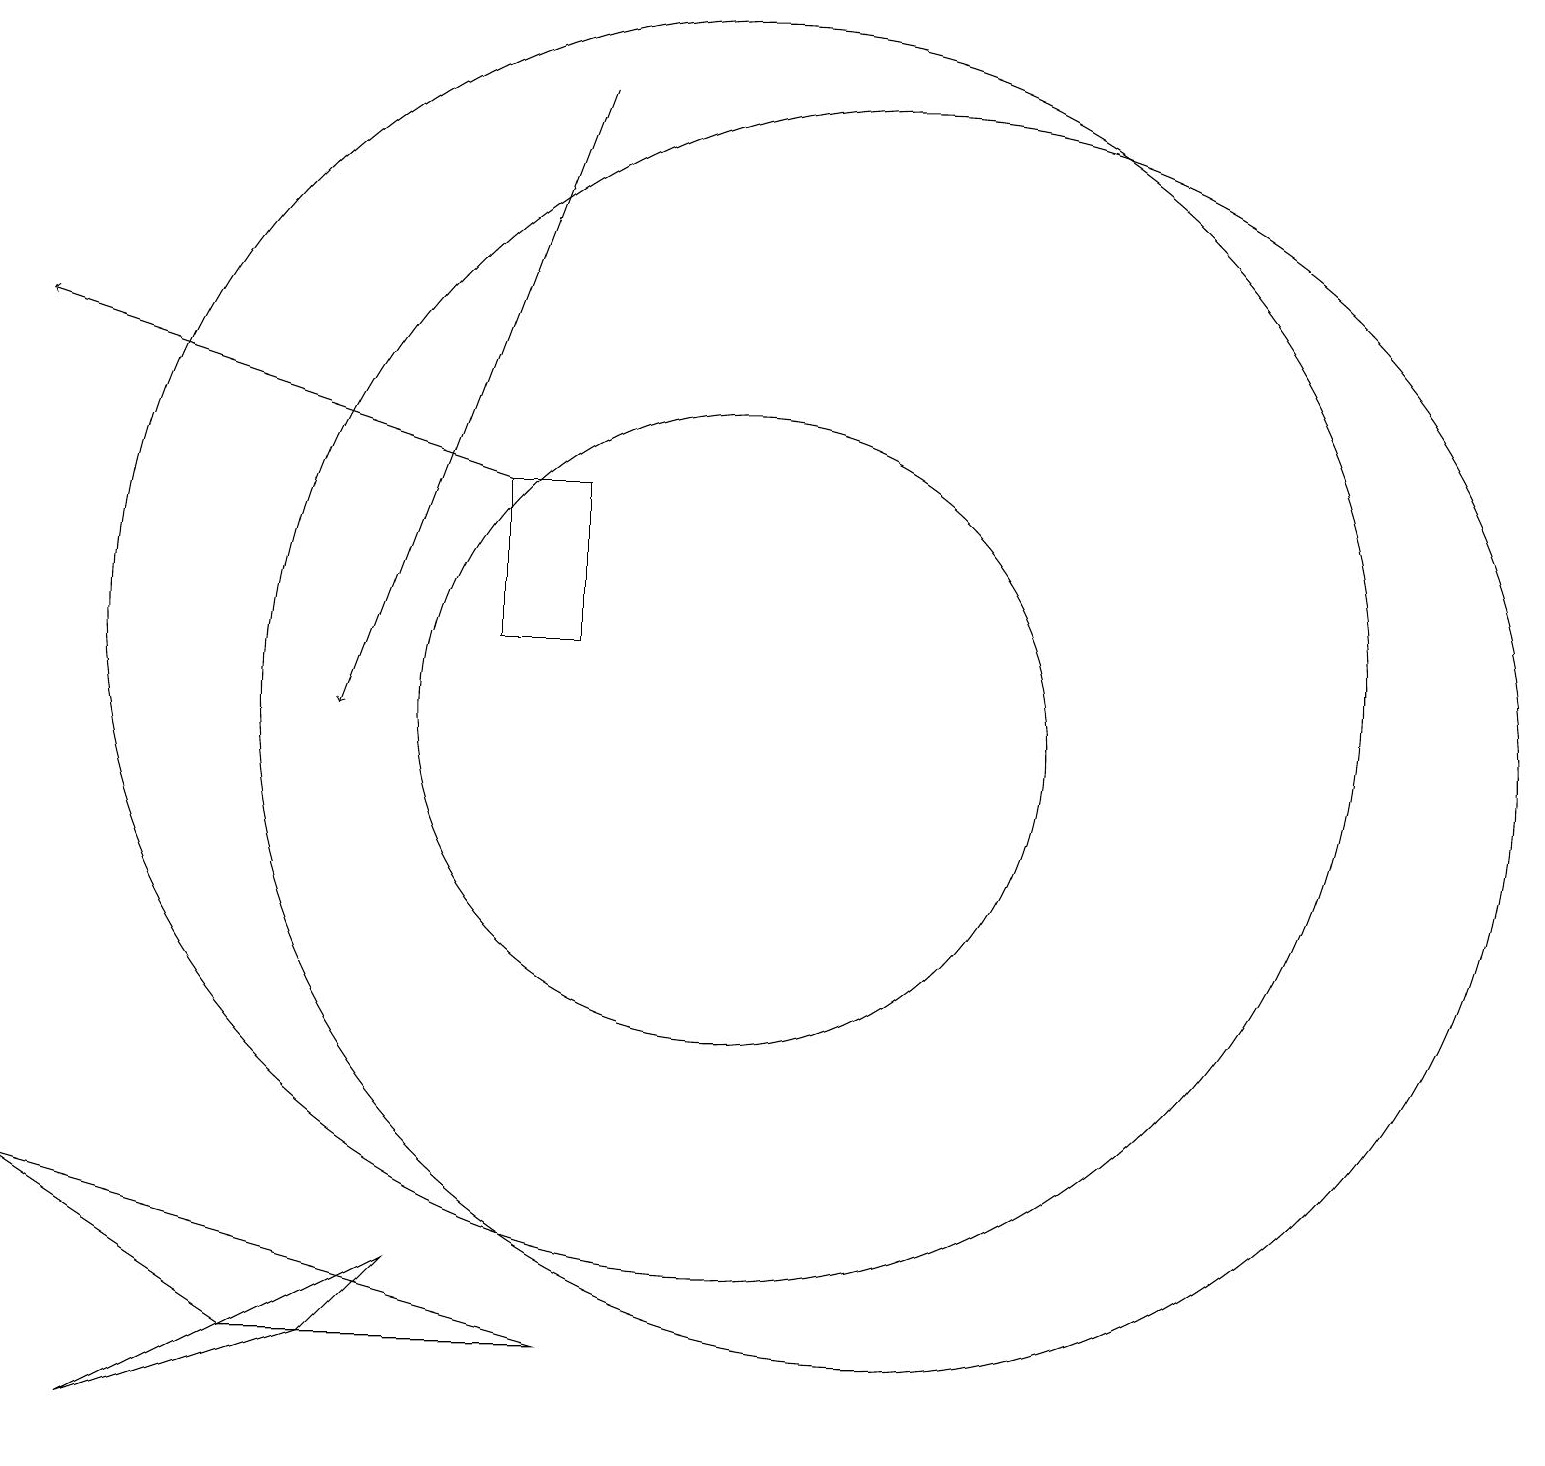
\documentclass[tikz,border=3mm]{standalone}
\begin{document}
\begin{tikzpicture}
\draw (12,10) circle (8);
\draw (10,10) circle (4);
\draw (10,11) circle (8);
\draw (6,3) -- (5,2) -- (2,1) -- cycle;
\draw (8,11) rectangle (7,13);
\draw[->] (8,18) -- (5,10);
\draw[->] (7,13) -- (1,15);
\draw (8,2) -- (1,4) -- (4,2) -- cycle;
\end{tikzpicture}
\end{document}